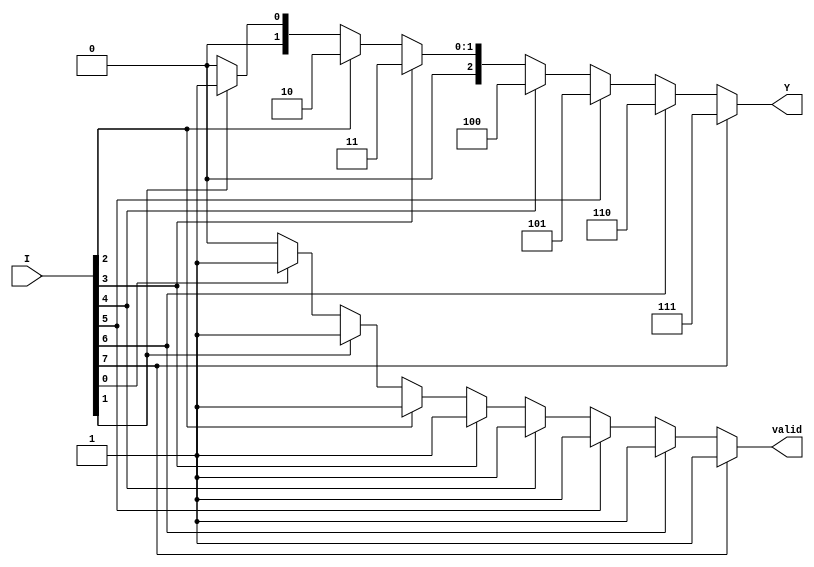
module encoder_8to3 (
    input wire [7:0] I,  // 8 input lines
    output reg [2:0] Y,  // 3 output lines
    output reg valid      // Indicates if any input is active
);

always @(*) begin
    // Default output values
    Y = 3'b000; // Default output when no inputs are active
    valid = 1'b0; // Default valid signal

    // Priority encoding
    if (I[7]) begin
        Y = 3'b111; // I7 is active
        valid = 1'b1;
    end else if (I[6]) begin
        Y = 3'b110; // I6 is active
        valid = 1'b1;
    end else if (I[5]) begin
        Y = 3'b101; // I5 is active
        valid = 1'b1;
    end else if (I[4]) begin
        Y = 3'b100; // I4 is active
        valid = 1'b1;
    end else if (I[3]) begin
        Y = 3'b011; // I3 is active
        valid = 1'b1;
    end else if (I[2]) begin
        Y = 3'b010; // I2 is active
        valid = 1'b1;
    end else if (I[1]) begin
        Y = 3'b001; // I1 is active
        valid = 1'b1;
    end else if (I[0]) begin
        Y = 3'b000; // I0 is active
        valid = 1'b1;
    end
end

endmodule